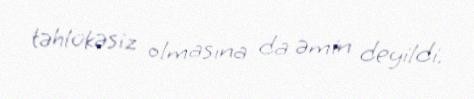
təhlükəsiz olmasına da əmin deyildi.